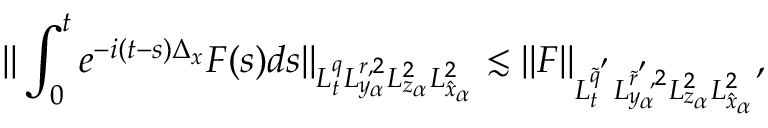
\| \int _ { 0 } ^ { t } e ^ { - i ( t - s ) \Delta _ { x } } F ( s ) d s \| _ { L _ { t } ^ { q } L _ { y _ { \alpha } } ^ { r , 2 } L _ { z _ { \alpha } } ^ { 2 } L _ { \hat { x } _ { \alpha } } ^ { 2 } } \lesssim \| F \| _ { L _ { t } ^ { \tilde { q } ^ { ' } } L _ { y _ { \alpha } } ^ { \tilde { r } ^ { ' } , 2 } L _ { z _ { \alpha } } ^ { 2 } L _ { \hat { x } _ { \alpha } } ^ { 2 } } ,